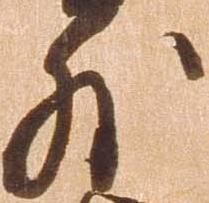
外